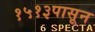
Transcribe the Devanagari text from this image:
१५१३पासून